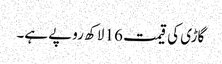
گاڑی کی قیمت 16 لاکھ روپے ہے۔